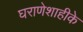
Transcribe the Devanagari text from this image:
घराणेशाहीके